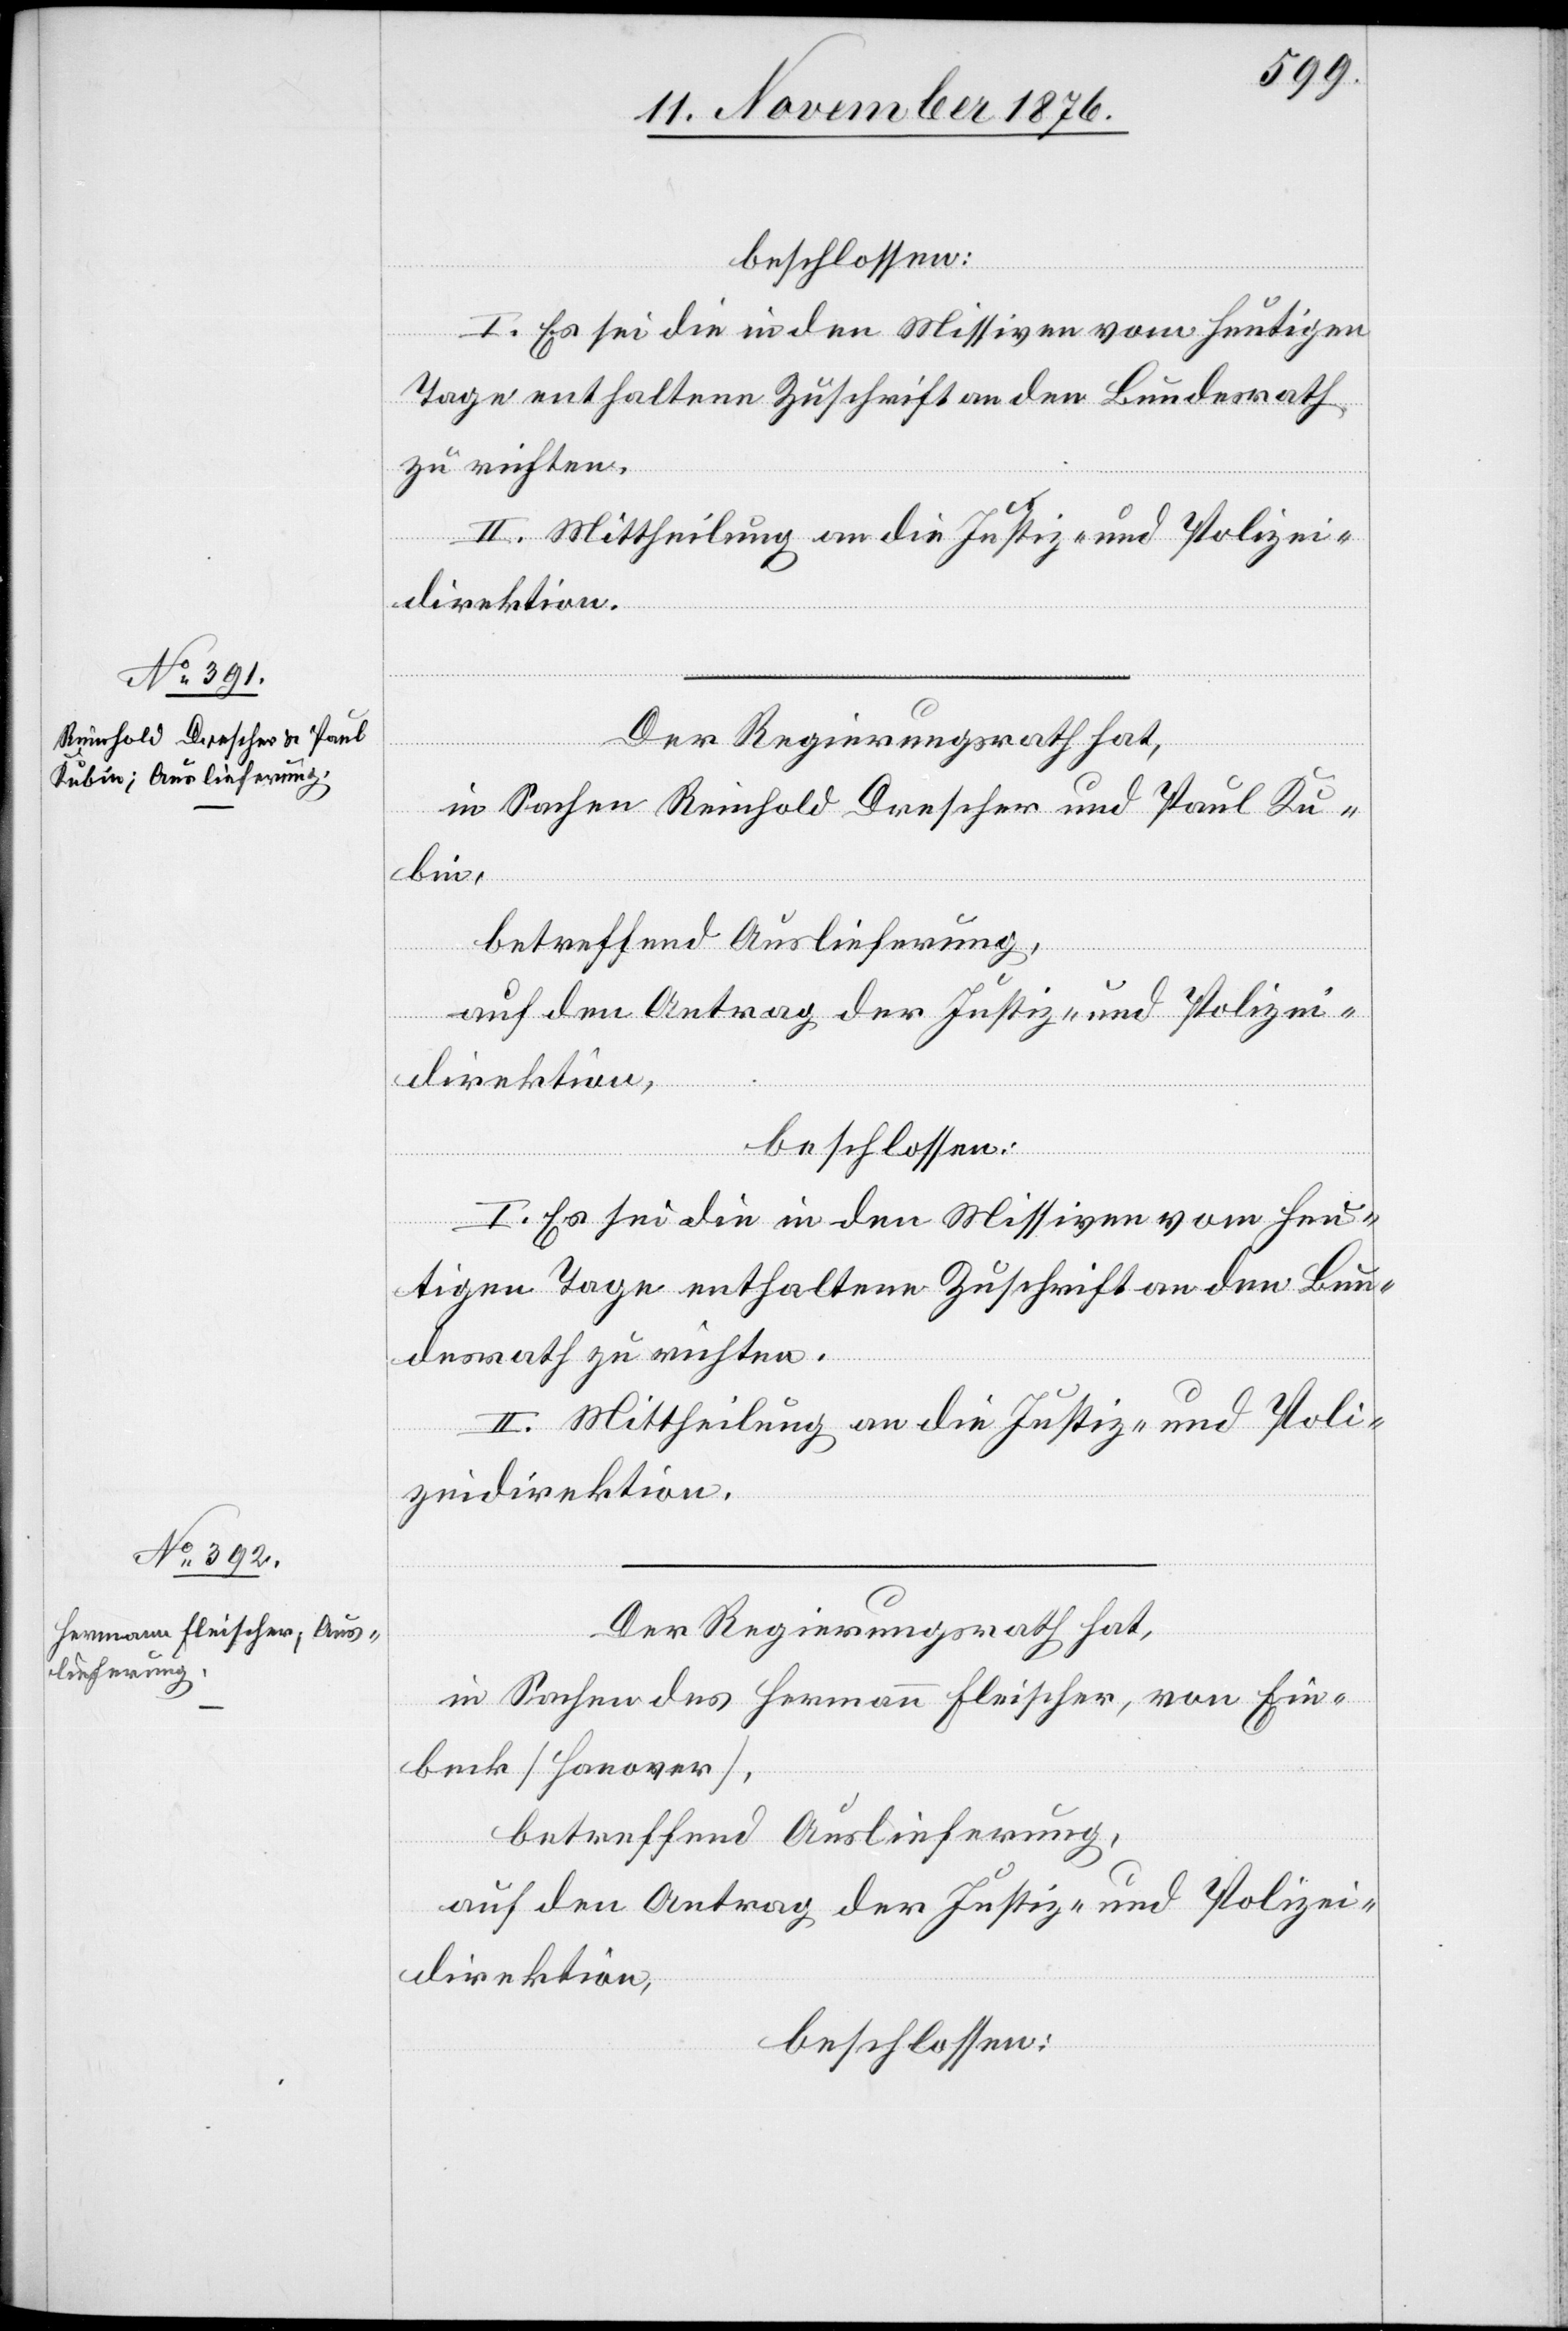
13. November 1876.]
beschlossen:
I. Es sei die in den Missiven vom heutigen
Tage enthaltene Zuschrift an den Bundesrath
zu richten.
II. Mittheilung an die Justiz- und Polizei¬
direktion.
[Präsidial-Verfügungen
in Sachen Reinhold Drescher und Paul Ku¬
bin,
betreffend Auslieferung,
Der Regierungsrath hat,
in Sachen des Hermann Fleischer, von Ein¬
beck [Hanover],
auf den Antrag der Justiz- und Polizei¬
direktion,
beschlossen: